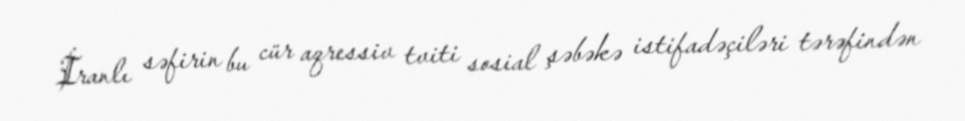
İranlı səfirin bu cür aqressiv tviti sosial şəbəkə istifadəçiləri tərəfindən